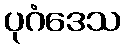
ပုဂံဒေသ